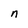
Character: n